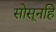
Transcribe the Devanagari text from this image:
सोसूनहि